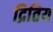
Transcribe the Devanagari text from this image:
द्रितिय